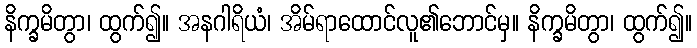
နိက္ခမိတွာ၊ ထွက်၍။ အနဂါရိယံ၊ အိမ်ရာထောင်လူ၏ဘောင်မှ။ နိက္ခမိတွာ၊ ထွက်၍။